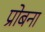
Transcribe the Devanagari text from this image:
प्रोबना